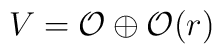
V={\cal{O}}\oplus {\cal{O}}(r)